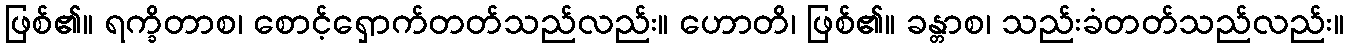
ဖြစ်၏။ ရက္ခိတာစ၊ စောင့်ရှောက်တတ်သည်လည်း။ ဟောတိ၊ ဖြစ်၏။ ခန္တာစ၊ သည်းခံတတ်သည်လည်း။